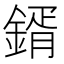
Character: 𮢦